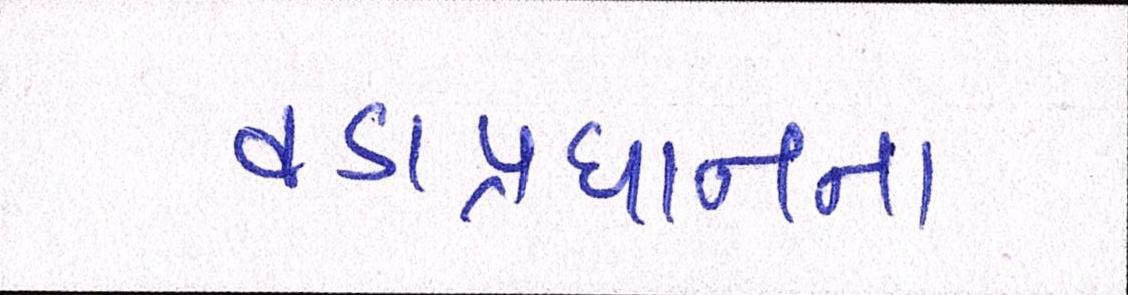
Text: વડાપ્રધાનના